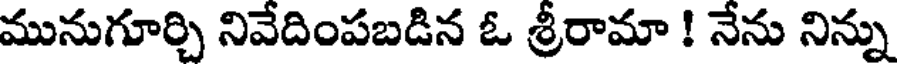
మునుగూర్చి నివేదింపబడిన ఓ శ్రీరామా ! నేను నిన్ను